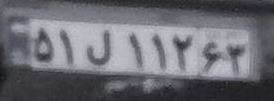
۵۱ل۱۱۲۶۳